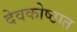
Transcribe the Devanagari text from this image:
देवकोष्ठात